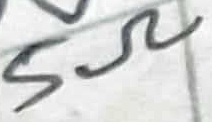
Text: 5Ω